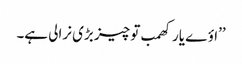
’’اؤے یار کھمب تو چیز بڑی نرالی ہے۔